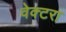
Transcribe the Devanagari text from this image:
वेक्टरा